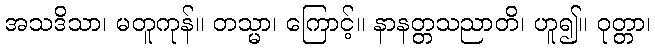
အသဒိသာ၊ မတူကုန်။ တသ္မာ၊ ကြောင့်။ နာနတ္တသညာတိ၊ ဟူ၍။ ဝုတ္တာ၊